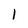
Character: l